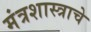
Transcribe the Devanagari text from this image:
मंत्रशास्त्राचे